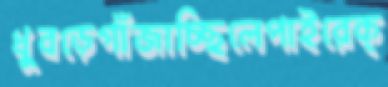
ধুবড়েগাঁজাচ্ছিলেপাইরেক্